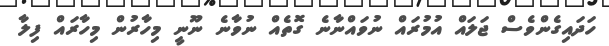
ހަދައިގެންވެސް ޖަލައް އުމުރައް ނުވައްނާނެ ގޮތެއް ނުވާނެ ނޫނީ މިހާރުން މިހާރައް ފިލާ